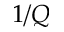
1 / Q